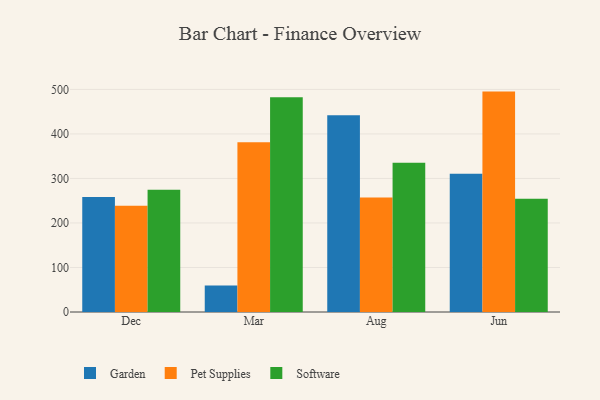
{"axis": {"x": "Month", "y": "Backlog"}, "legend": ["Garden", "Pet Supplies", "Software"], "data": [{"x": "Dec", "y": 258.3, "type": "Garden"}, {"x": "Dec", "y": 238.7, "type": "Pet Supplies"}, {"x": "Dec", "y": 274.4, "type": "Software"}, {"x": "Mar", "y": 59.7, "type": "Garden"}, {"x": "Mar", "y": 381.4, "type": "Pet Supplies"}, {"x": "Mar", "y": 482.4, "type": "Software"}, {"x": "Aug", "y": 441.7, "type": "Garden"}, {"x": "Aug", "y": 257.4, "type": "Pet Supplies"}, {"x": "Aug", "y": 335.3, "type": "Software"}, {"x": "Jun", "y": 310.6, "type": "Garden"}, {"x": "Jun", "y": 495.1, "type": "Pet Supplies"}, {"x": "Jun", "y": 254.3, "type": "Software"}]}